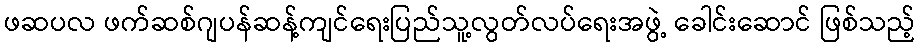
ဖဆပလ ဖက်ဆစ်ဂျပန်ဆန့်ကျင်ရေးပြည်သူ့လွတ်လပ်ရေးအဖွဲ့ ခေါင်းဆောင် ဖြစ်သည့်